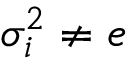
\sigma _ { i } ^ { 2 } \neq e